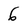
Character: 6